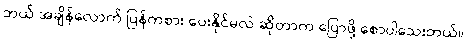
ဘယ် အချိန်လောက် ပြန်ကစား ပေးနိုင်မလဲ ဆိုတာက ပြောဖို့ စောပါသေးတယ်။